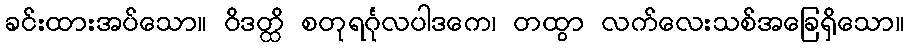
ခင်းထားအပ်သော။ ဝိဒတ္ထိ စတုရင်္ဂုလပါဒကေ၊ တထွာ လက်လေးသစ်အခြေရှိသော။